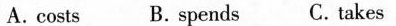
A.costs B. Spends C.takes